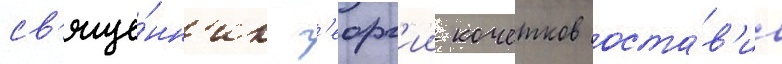
св'яще́нн'ик г'еорг'ии кочетков оста́в'ил